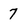
Character: 7